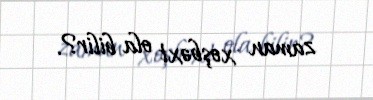
zaman xoşbəxt ola bilir?.